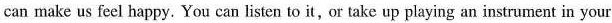
can help us relax;some pop music can make us feel happy. You can listen to it,or take up playing an instrument in your